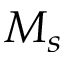
M _ { s }